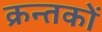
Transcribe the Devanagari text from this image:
क्रन्तकों